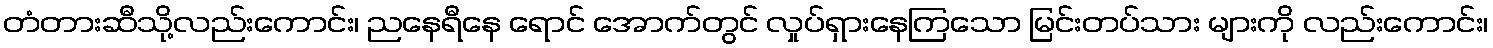
တံတားဆီသို့လည်းကောင်း၊ ညနေရီနေ ရောင် အောက်တွင် လှုပ်ရှားနေကြသော မြင်းတပ်သား များကို လည်းကောင်း၊